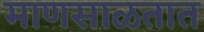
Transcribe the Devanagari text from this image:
माणसाळतात